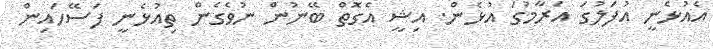
އެއުޅެނީ އުފަލުގަ އަރާމުގަ އުޅެން. އިޝީ އެގޮތް ބޭނުން ނުވެގެން ތިއުޅެނީ ފަސޭހައިން